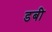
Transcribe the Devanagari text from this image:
डबी